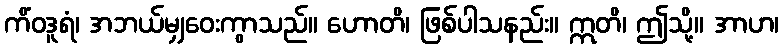
ကိံဝဒူရံ၊ အဘယ်မျှဝေးကွာသည်။ ဟောတိ၊ ဖြစ်ပါသနည်း။ ဣတိ၊ ဤသို့။ အာဟ၊